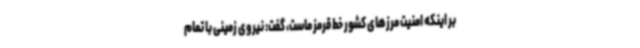
بر اینکه امنیت مرزهای کشور خط قرمز ماست، گفت: نیروی زمینی با تمام